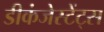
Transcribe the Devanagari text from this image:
डीकंजेस्टेंट्स